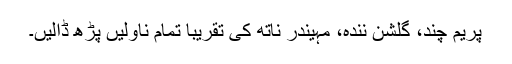
پریم چند، گلشن نندہ، مہیندر ناتھ کی تقریباً تمام ناولیں پڑھ ڈالیں۔